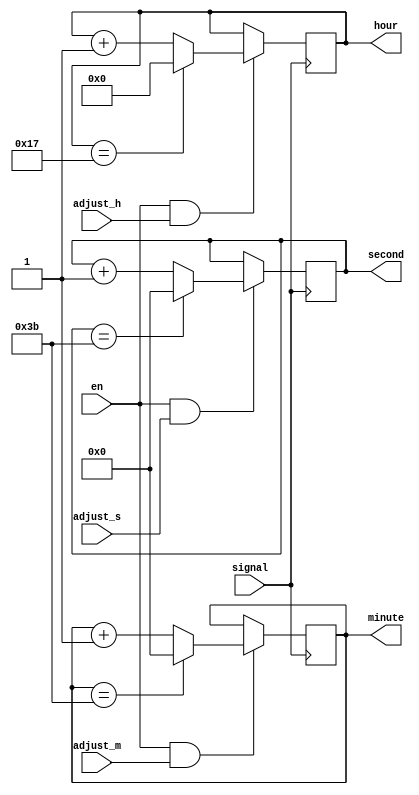
module set_time(en,signal,adjust_h,adjust_m,adjust_s,hour,minute,second);//we can adjust time or set alarm
	input en;
	input signal;
	input adjust_h;
	input adjust_m;
	input adjust_s;
	output reg [4:0]hour = 5'b00000;
	output reg [5:0]minute = 6'b000000;
	output reg [5:0]second = 6'b000000;
	
	always @(posedge signal) begin
		if(en && adjust_h) begin
			if(hour == 23)
				hour <= 0;
			else hour <= hour + 1;
		end
			
		if(en && adjust_m) begin
			if(minute == 59)
				minute <= 0;
			else minute <= minute + 1;
		end
			
		if(en && adjust_s) begin
			if(second == 59)
				second <= 0;
			else second <= second + 1;
		end
	end
	
	
endmodule